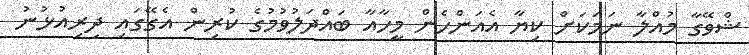
ޝްވޭގާ މުއްލާ ނަމަކަށް ކިޔާ އެއަންހެން މީހާއާ ބައްދަލުވުމުގެ ކުރިން އެގޭގައި ދިރިއުޅުނު